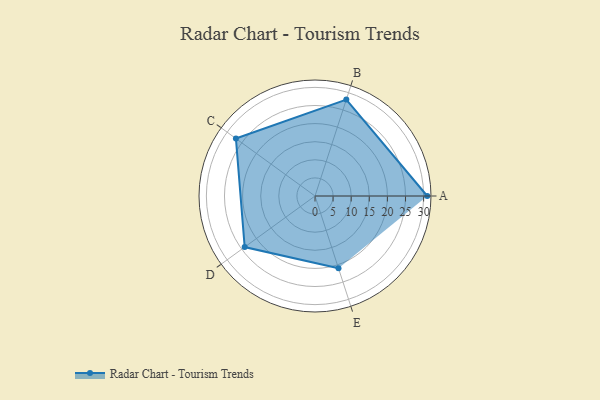
{"axis": {"x": "Skill", "y": "Score"}, "legend": ["Profile"], "data": [{"x": "A", "y": 31.0, "type": "Profile"}, {"x": "B", "y": 28.0, "type": "Profile"}, {"x": "C", "y": 27.0, "type": "Profile"}, {"x": "D", "y": 24.0, "type": "Profile"}, {"x": "E", "y": 21.0, "type": "Profile"}]}